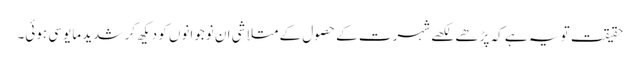
حقیقت تو یہ ہے کہ پڑھے لکھے شہرت کے حصول کے متلاشی ان نوجوانوں کو دیکھ کر شدید مایوسی ہوئی۔